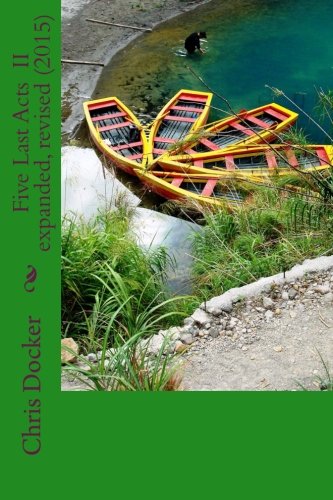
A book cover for Five Last Acts (2nd Edition): Expanded & Revised (2015 edition); Chris Docker; Self-Help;